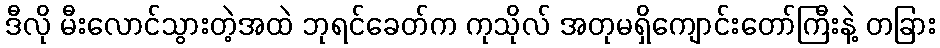
ဒီလို မီးလောင်သွားတဲ့အထဲ ဘုရင်ခေတ်က ကုသိုလ် အတုမရှိကျောင်းတော်ကြီးနဲ့ တခြား